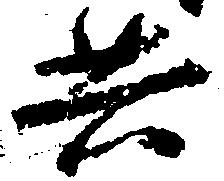
共